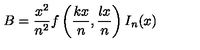
B = \frac { x ^ { 2 } } { n ^ { 2 } } f \left( \frac { k x } { n } , \frac { l x } { n } \right) I _ { n } ( x )